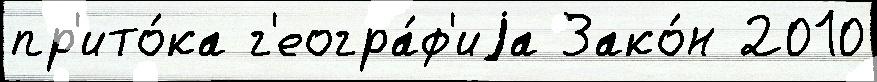
пр'ито́ка г'еогра́ф'иjа Зако́н 2010